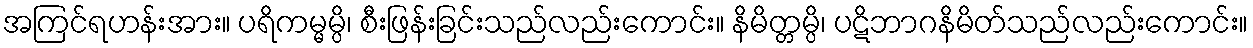
အကြင်ရဟန်းအား။ ပရိကမ္မမ္ပိ၊ စီးဖြန်းခြင်းသည်လည်းကောင်း။ နိမိတ္တမ္ပိ၊ ပဋိဘာဂနိမိတ်သည်လည်းကောင်း။